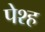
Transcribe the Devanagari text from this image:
पेश्ह